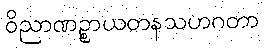
ဝိညာဏဉ္စာယတနသဟဂတာ